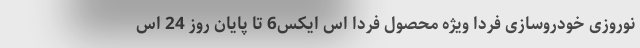
نوروزی خودروسازی فردا ویژه محصول فردا اس ایکس6 تا پایان روز 24 اس